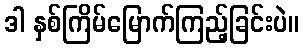
ဒါ နှစ်ကြိမ်မြောက်ကြည့်ခြင်းပဲ။